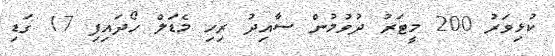
ކުޅިވަރު 200 މީޓަރު ދުވުމުން ސާއިދު ރިހި މެޑަލް ހޯދައިފި 17 ގަޑި